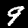
Digit: 9